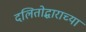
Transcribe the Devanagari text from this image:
दलितोद्धाराच्या